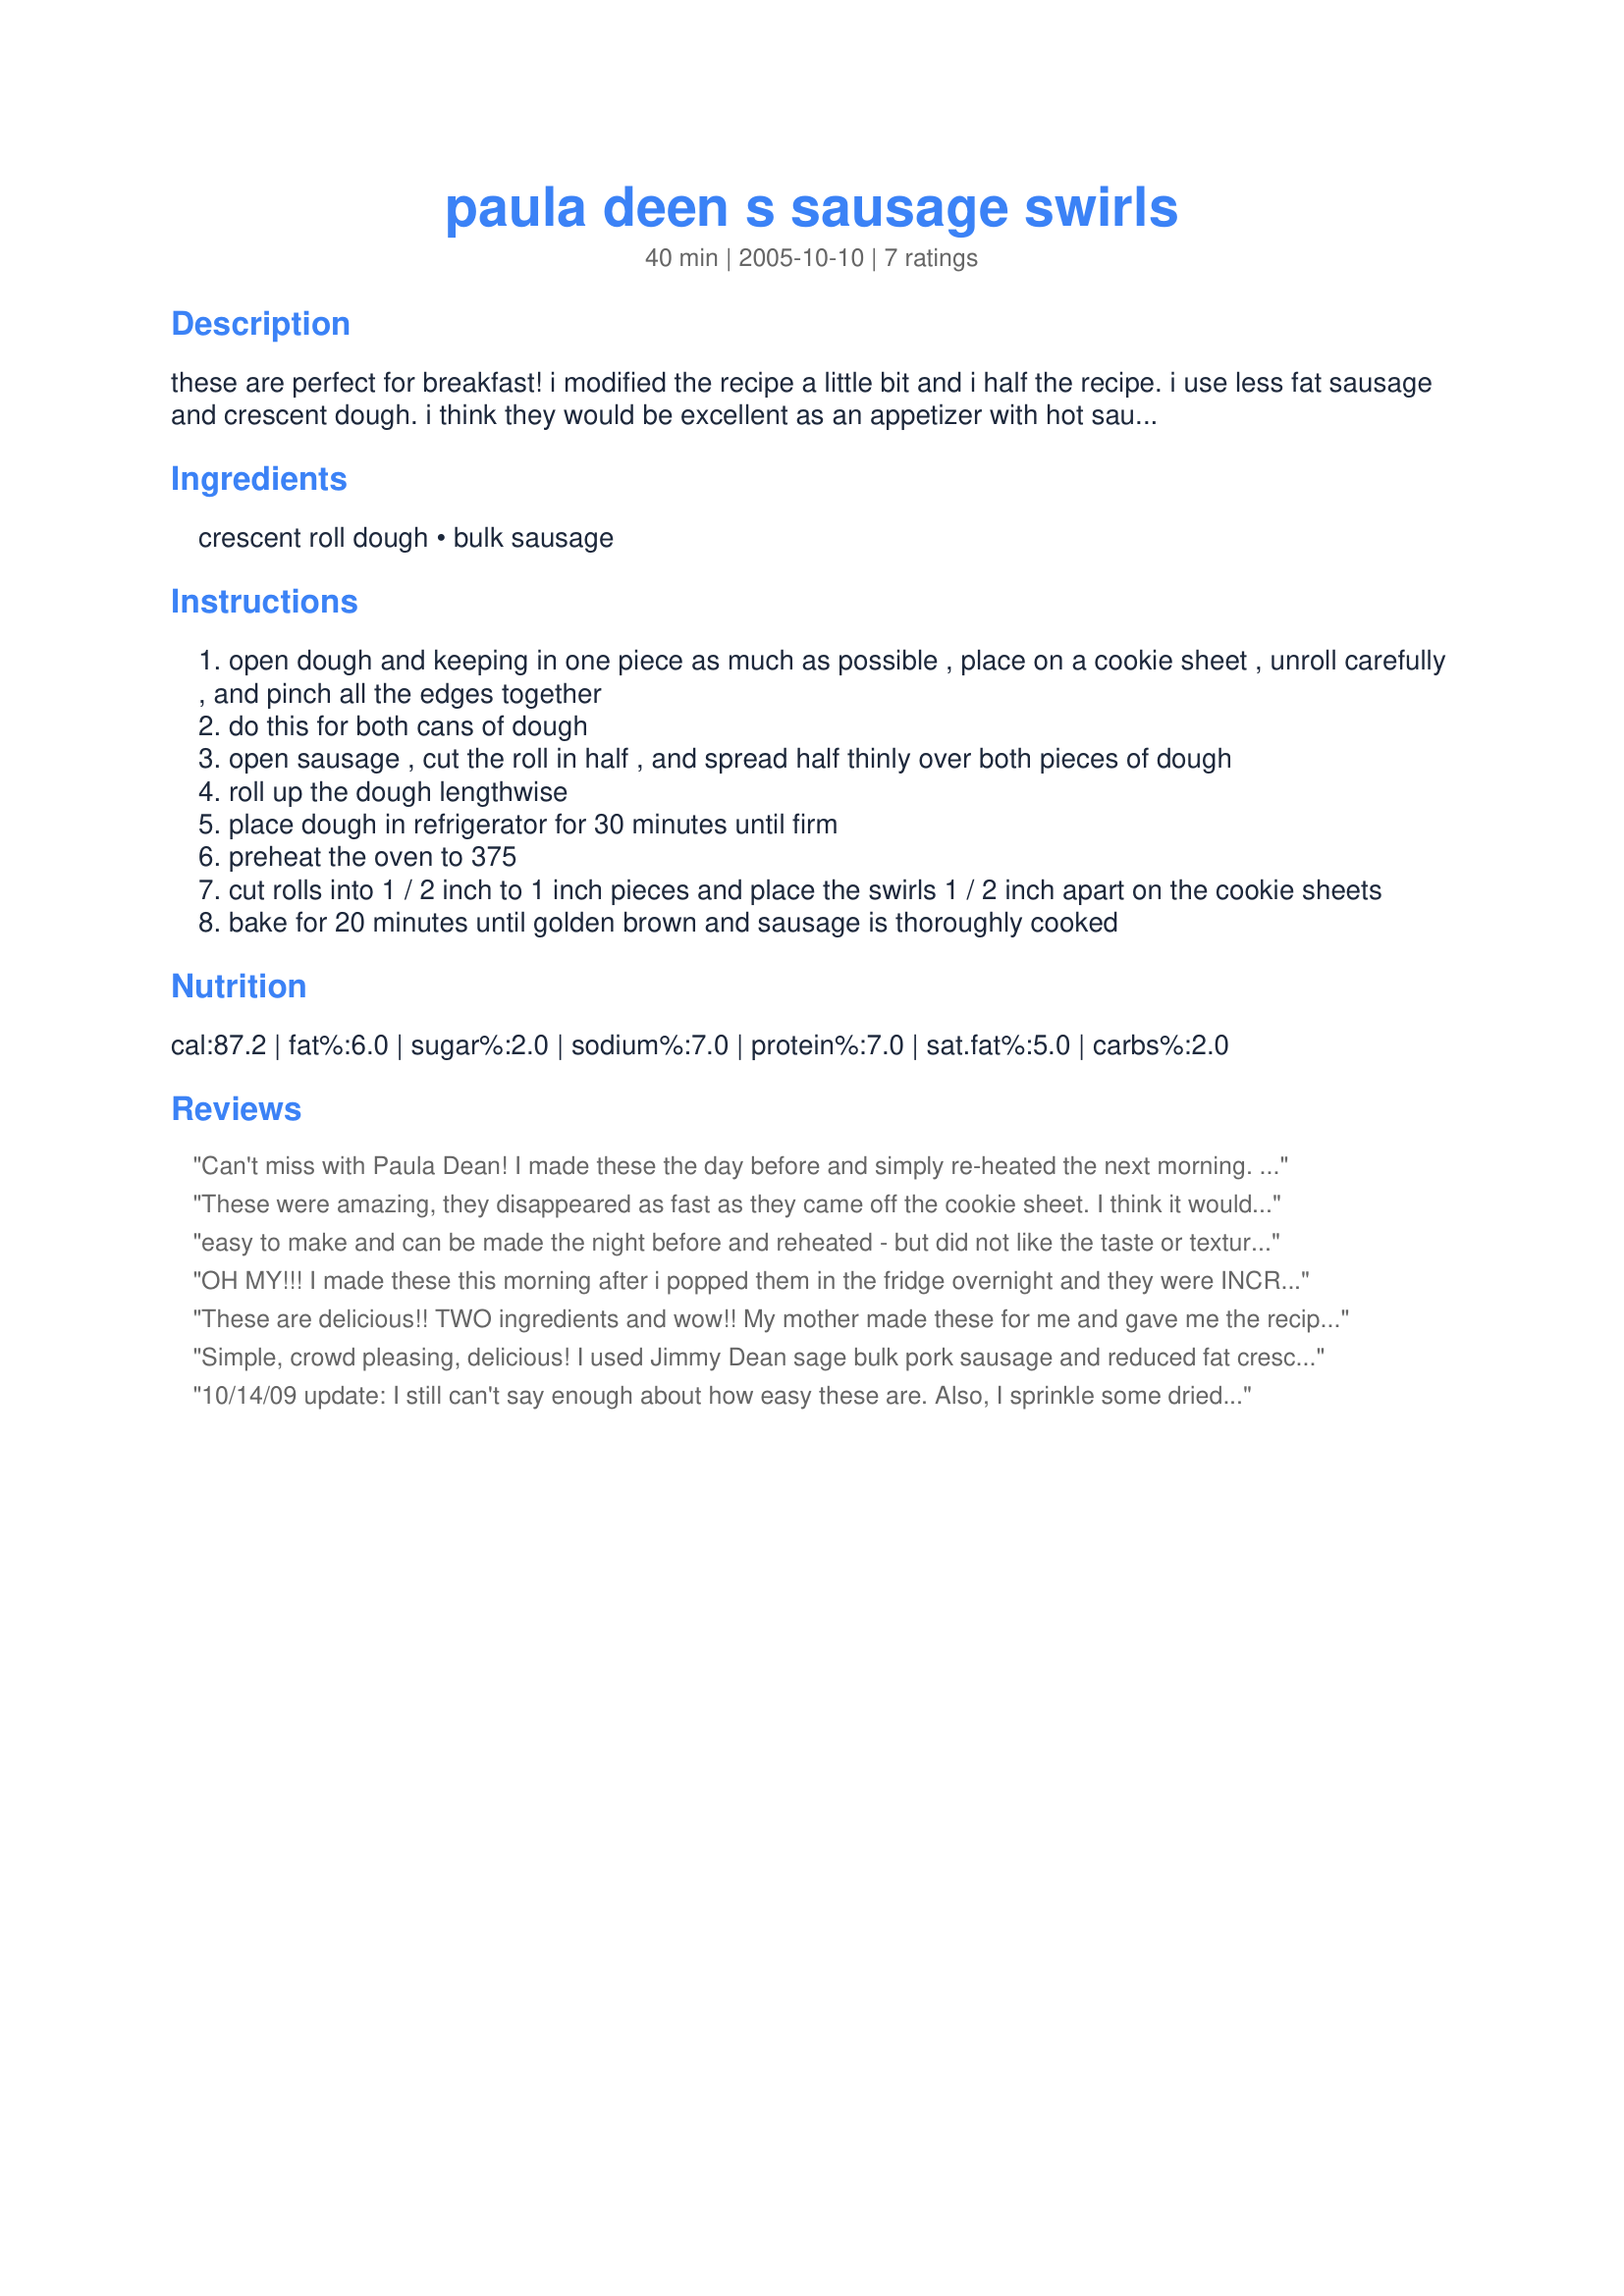
paula deen s sausage swirls
Preparation time: 40 minutes

these are perfect for breakfast! i modified the recipe a little bit and i half the recipe. i use less fat sausage and crescent dough. i think they would be excellent as an appetizer with hot sausage. chilling time is not included in the prep or cook time.

Ingredients:
crescent roll dough, bulk sausage

Steps:
open dough and keeping in one piece as much as possible , place on a cookie sheet , unroll carefully , and pinch all the edges together
do this for both cans of dough
open sausage , cut the roll in half , and spread half thinly over both pieces of dough
roll up the dough lengthwise
place dough in refrigerator for 30 minutes until firm
preheat the oven to 375
cut rolls into 1 / 2 inch to 1 inch pieces and place the swirls 1 / 2 inch apart on the cookie sheets
bake for 20 minutes until golden brown and sausage is thoroughly cooked

Reviews:
Can't miss with Paula Dean! I made these the day before and simply re-heated the next morning. They were a HUGE hit. I suggest doubling this recipe b/c people pop them in their mouths while waiting for breakfast to be ready. By that time, there were not many left.
These were amazing, they disappeared as fast as they came off the cookie sheet. I think it would be neat to sprinkle some shredded cheese onto the sausage before rolling it up. I know I will make these again and again. Thank you for posting this easy and quick breakfast recipe.
easy to make and can be made the night before and reheated - but did not like the taste or texture - I need to search for other similar recipes with more flavor.
OH MY!!! I made these this morning after i popped them in the fridge overnight and they were INCREDIBLE! My boyfriend just absolutely loved them and was ecstatic to find out I had more in the freezer(= Will def make these often!
These are delicious!! TWO ingredients and wow!! My mother made these for me and gave me the recipe. So happy to find it here...I can never loose it now!! Thank you!
Simple, crowd pleasing, delicious! I used Jimmy Dean sage bulk pork sausage and reduced fat crescent rolls and mine baked in just under 18 minutes. This was a great Christmas morning snack while waiting for waffles to cook. Thanks for sharing, this recipe is a keeper for sure!
10/14/09 update: I still can't say enough about how easy these are. Also, I sprinkle some dried diced jalapeno and some cheddar cheese on top of spicy sausage before rolling them up and baking. They are absolutely wonderful!! ******* Wow....its finally been done!! There is crescent roll dough in the stores that are in one sheet rather than precut. Talk about making this recipe a breeze to make!
